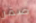
صقر